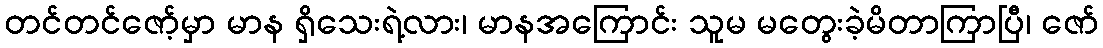
တင်တင်ဇော့်မှာ မာန ရှိသေးရဲ့လား၊ မာနအကြောင်း သူမ မတွေးခဲ့မိတာကြာပြီ၊ ဇော်